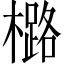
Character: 㯝